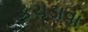
કચડાવા